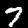
Label: 7